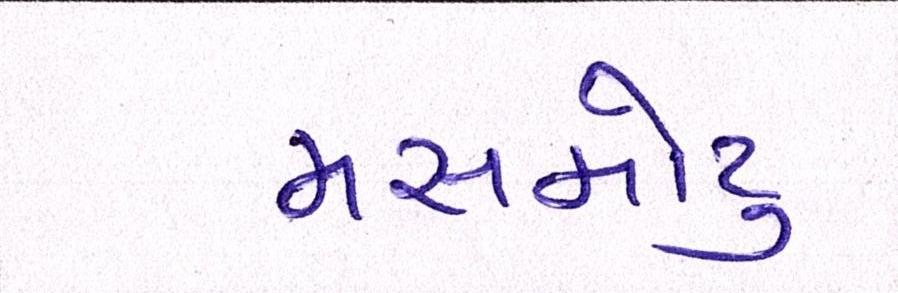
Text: મસમોટુ